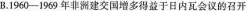
B.1960-1969年非洲建交国增多得益于日内瓦会议的召开